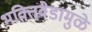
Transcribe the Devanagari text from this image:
भक्तिवेडामुळे